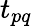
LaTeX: t_{pq}